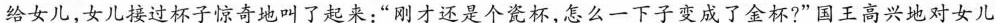
给女儿，女儿接过杯子惊奇地叫了起来：”刚才还是个瓷杯，怎么一下子变成了金杯?”国王高兴地对女儿